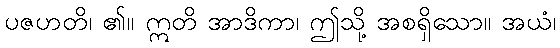
ပဇဟတိ၊ ၏။ ဣတိ အာဒိကာ၊ ဤသို့ အစရှိသော။ အယံ၊